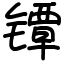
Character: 镡